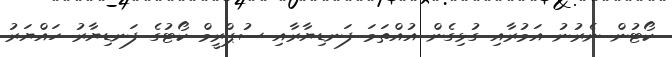
ކޯޓުން ނެރުނު އަމުރާއި ގުޅިގެން އުއްތަމަ ފަނޑިޔާރާއި ސުޕްރީމް ކޯޓުގެ ފަނޑިޔާރު ހައްޔަރު